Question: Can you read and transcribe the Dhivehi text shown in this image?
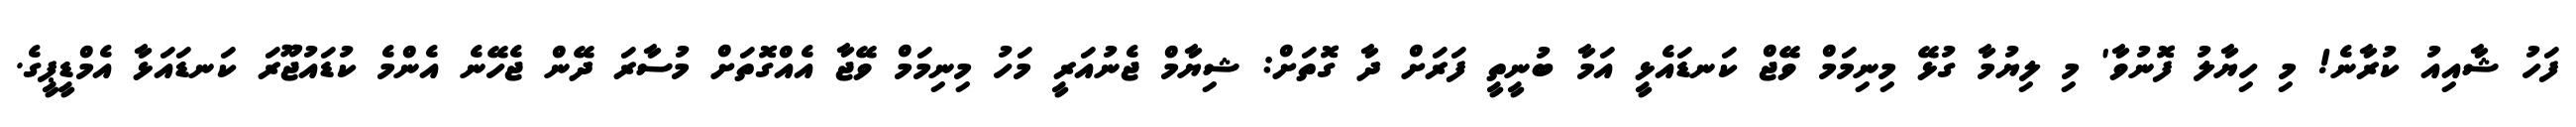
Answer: ފަހު ޝާއިއު ކުރާނެ! މި ހިޔާލު ފޮނުވާ' މި ލިޔުމާ ގުޅޭ މިނިމަމް ވޭޖް ކަނޑައެޅީ އަމާ ބުނީތީ ފަރަށް ދާ ގޮތަށް: ޝިޔާމް ޖެނުއަރީ މަހު މިނިމަމް ވޭޖާ އެއްގޮތަށް މުސާރަ ދޭން ޖެހޭނެ އެންމެ ކުޑައުޖޫރަ ކަނޑައަޅާ އެމްޑީޕީގެ.